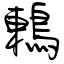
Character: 鶇